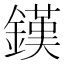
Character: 𨫪